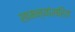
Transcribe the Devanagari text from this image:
सामन्यांसहित